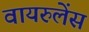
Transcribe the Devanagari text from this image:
वायरुलेंस